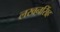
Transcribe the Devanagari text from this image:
लखनसिंह